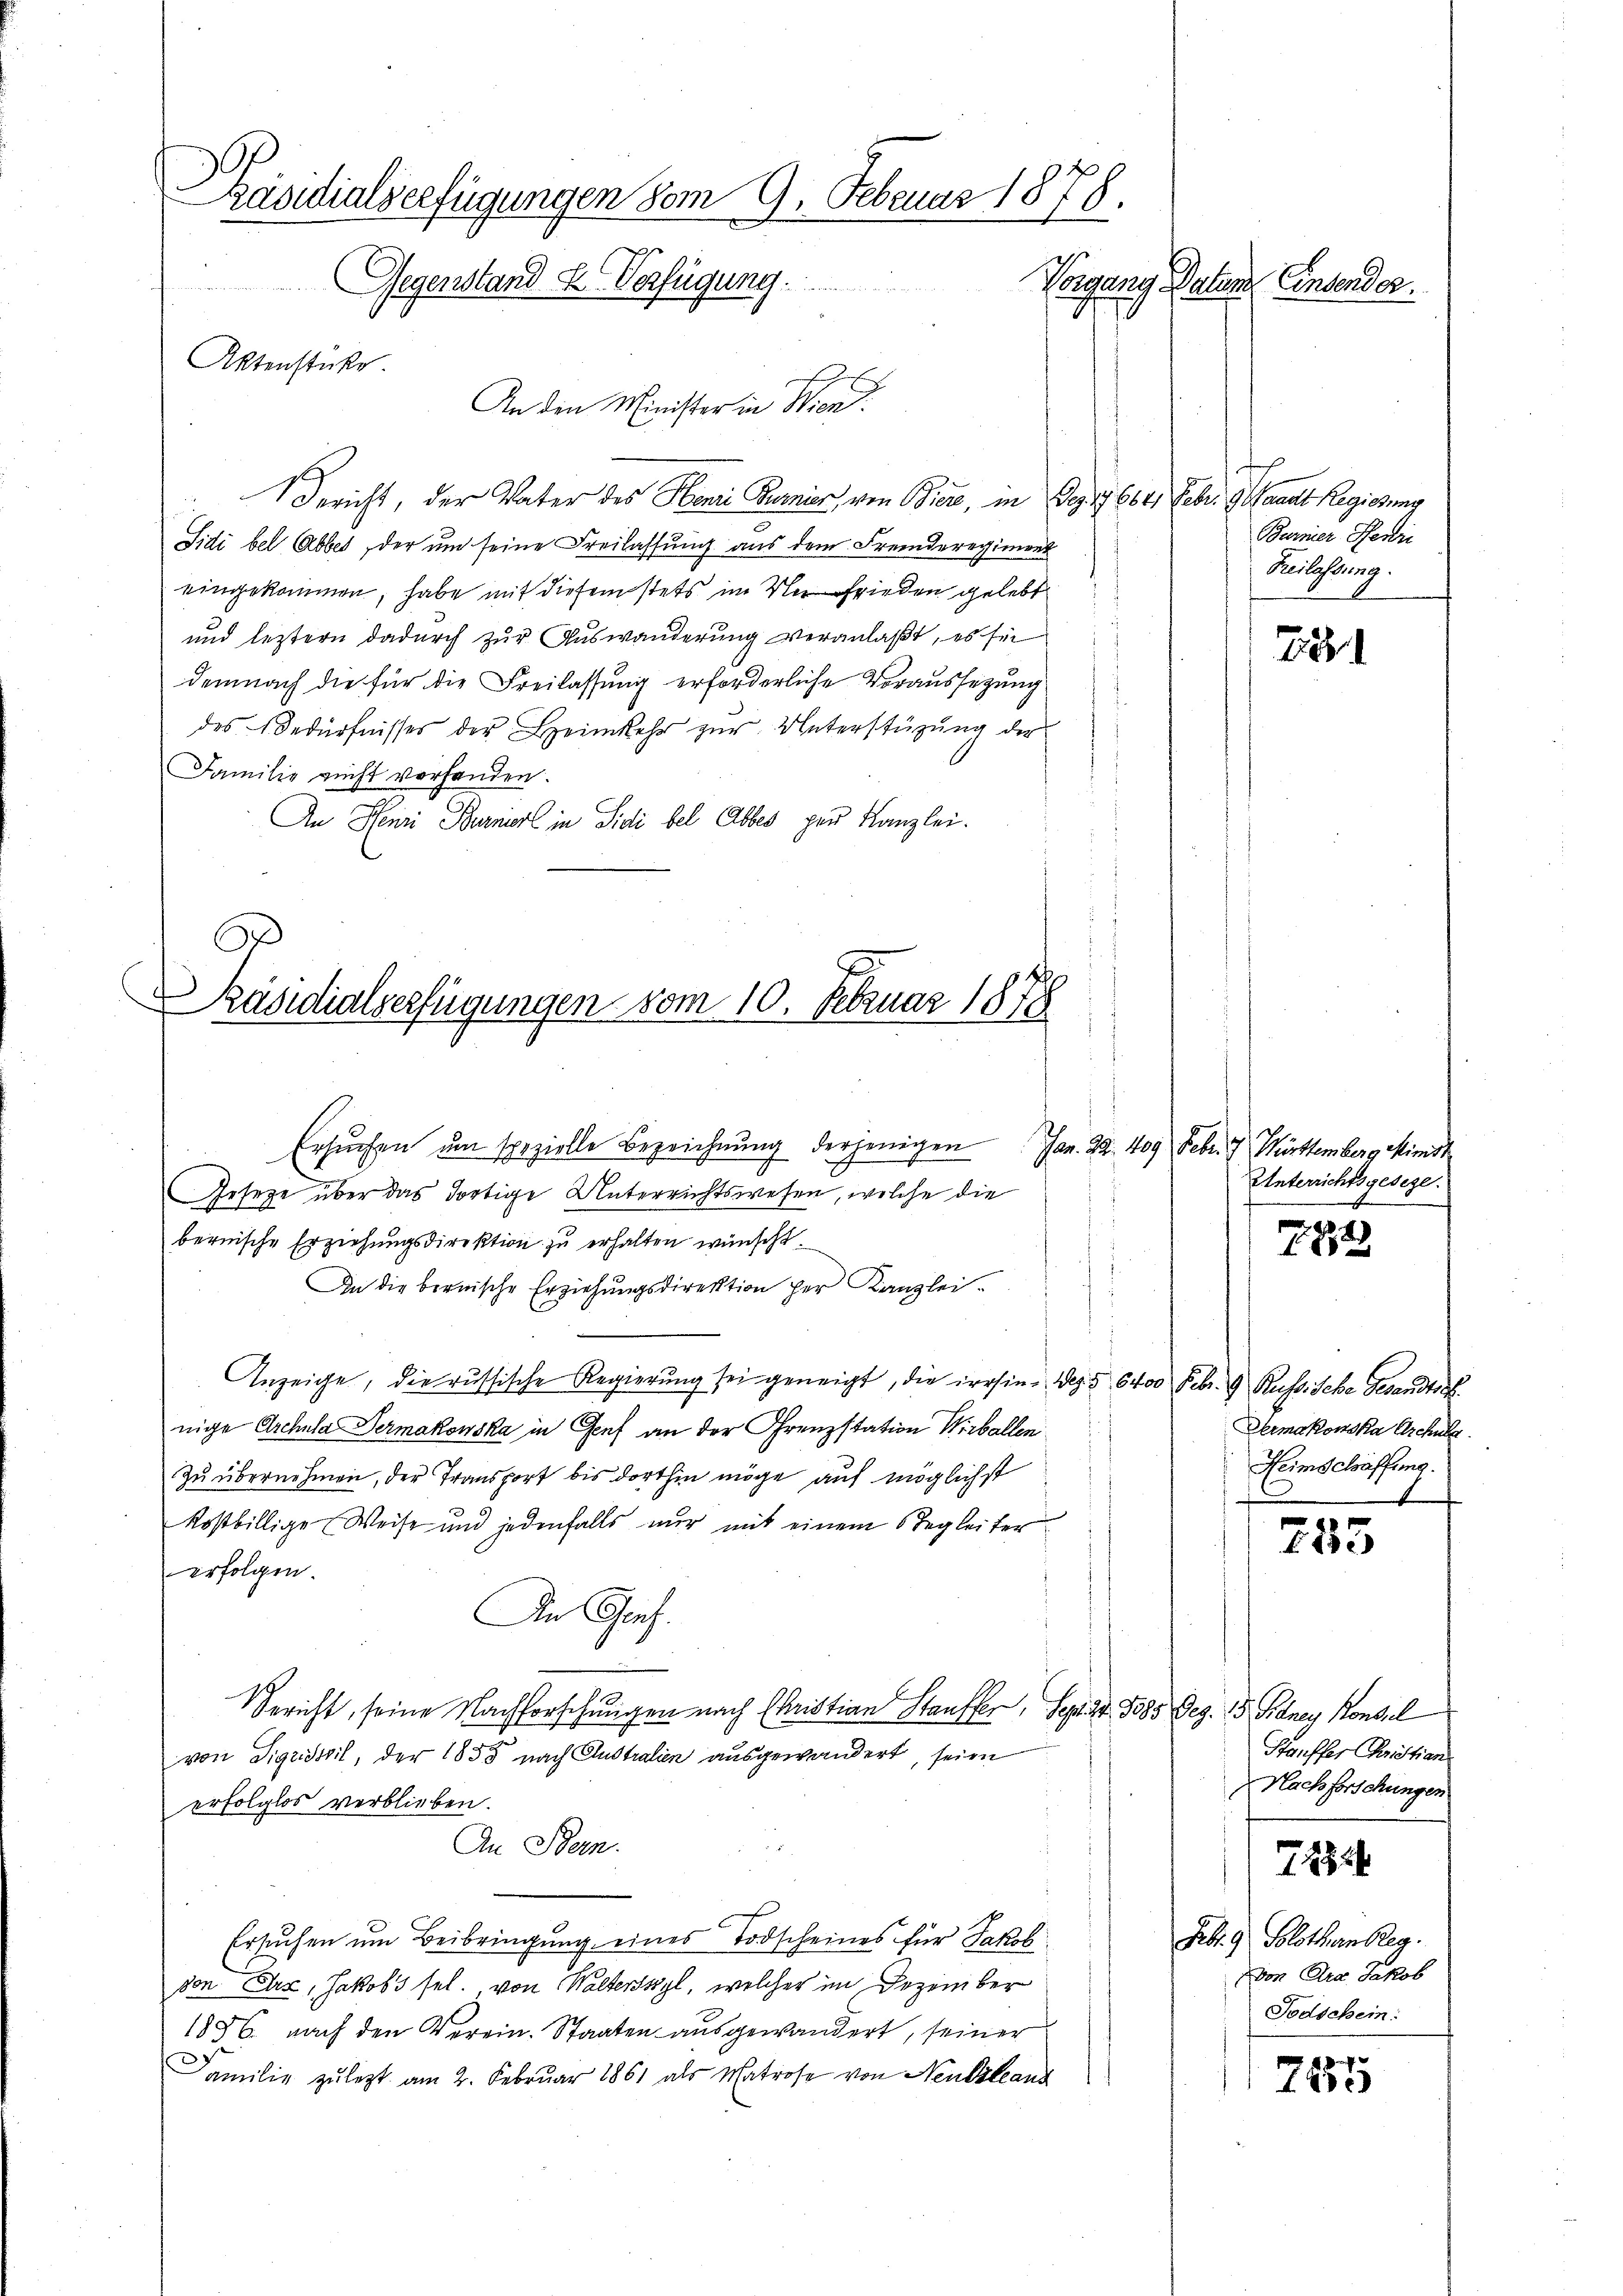
Präsidialverfügungen vom 9. Februar 1878.
Gegenstand u. Verfügung.
Vorgang Daten Einsender.
Aktenstücke.

An den Minister in Wien.
Bericht, der Vater des Honi Rumier, von Biere, in Dez. 9. 664. Febr. G. Sanat Regierung
Sidi bel Abbes, der um seine Freilassung aus dem Fremderegiment
eingekommen, habe mit diesem stets im Mn Frieden gelebt
und leztern dadurch zur Auswanderung veranlaßt, es sei
demnach die für die Freilassung erforderliche Voraussetzung
des Bedürfnisses der Heimkehr zur Unterstüzung der
Familie nicht vorhanden.
An Henri Burniert in Sidi bel Abbes gen Kanzlei.

Präsidialverfügungen vom 10. Februar 1878

Ersuchen um spezielle Bezeichnung derjenigen Jan. 22. 409 Febr. 7. Württemberg Minist
Gesetze über das dortige Unterrichtswesen, welche die
bernische Erziehungsdirektion zu erhalten wünscht.
An die bernische Erziehungsdirektion her Kanzlei¬
Anzeige, die russische Regierung sei geneigt, die irrsin. Dez. § 6400 Febr. 19 Russische Gesandtsc
nige Archula Sermakowska in Genf an der Grenzstation Wirbellen
Zu übernehmen, der Transport bis dorthin möge auf möglichst
Rostbillige Weise und jedenfalls nur mit einem Begleiter
erfolgen.
An Graf.
Bericht, seine Nachforschungen nach Christian Stauffer, Sept. Jos. Dez. 15. Benen Konsul
von Sigriswil, der 1855 nach Australien ausgewandert, seien
erfolglos verblieben.
An Stern.
Ersuchen um Beibringung eines Todscheines für Jakob.
don Arx, Jakobs sel. von Walterswyl, welcher im Dezember
1886. nach den Verein. Staaten ausgewandert, seiner
Familie zuletzt am 2. Februar 1861 als Matrose von Neubilanz

Fe

8
u

Berner Pferdri
Beilassung.

Unterrichtsgeseze.
8)

Dermakonska Aschule.
Heimschaffung.

755

Stauffer Christian
Nachforschungen

7432

Febr. 9. Solothurn Reg.
von Dra Jakob
Todschein:

48
f 48 x